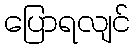
ပြောရလျင်